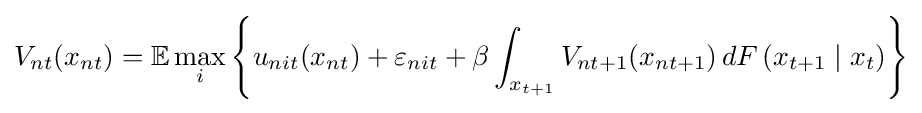
V_{nt}(x_{nt})=\mathbb {E} \max _{i}\left\{u_{nit}(x_{nt})+\varepsilon _{nit}+\beta \int _{x_{t+1}}V_{nt+1}(x_{nt+1})\,dF\left(x_{t+1}\mid x_{t}\right)\right\}